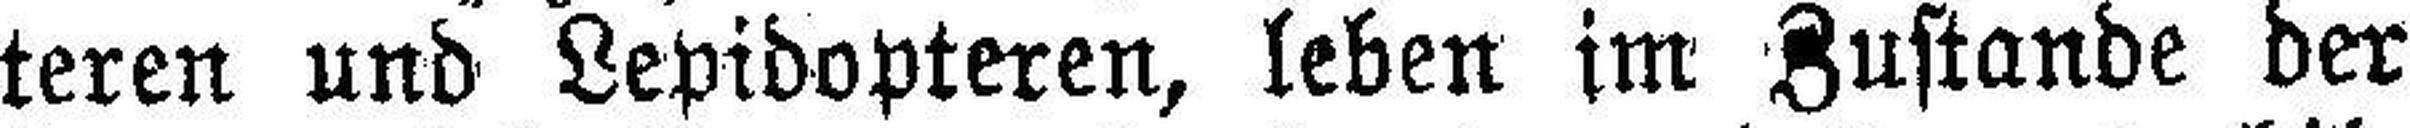
teren und Lepidopteren, leben im Zustande der